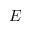
E